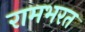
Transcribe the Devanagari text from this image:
रामभरत